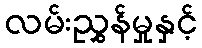
လမ်းညွှန်မှုနှင့်